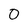
Character: 0